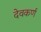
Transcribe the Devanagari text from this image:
देवकर्ण